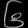
Digit: ၆